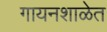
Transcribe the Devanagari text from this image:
गायनशाळेत